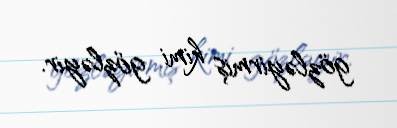
gözləyirmiş kimi gözləyir.